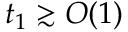
t _ { 1 } \gtrsim O ( 1 )